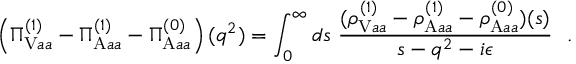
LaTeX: \left( \Pi _ { \mathrm { V } a a } ^ { ( 1 ) } - \Pi _ { \mathrm { A } a a } ^ { ( 1 ) } - \Pi _ { \mathrm { A } a a } ^ { ( 0 ) } \right) ( q ^ { 2 } ) = \int _ { 0 } ^ { \infty } d s ~ { \frac { ( \rho _ { \mathrm { V } a a } ^ { ( 1 ) } - \rho _ { \mathrm { A } a a } ^ { ( 1 ) } - \rho _ { \mathrm { A } a a } ^ { ( 0 ) } ) ( s ) } { s - q ^ { 2 } - i \epsilon } } \ \ .